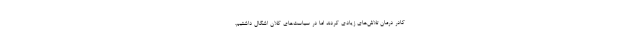
کادر درمان تلاش‌های زیادی کردند اما در سیاست‌های کلان اشکال داشتیم.